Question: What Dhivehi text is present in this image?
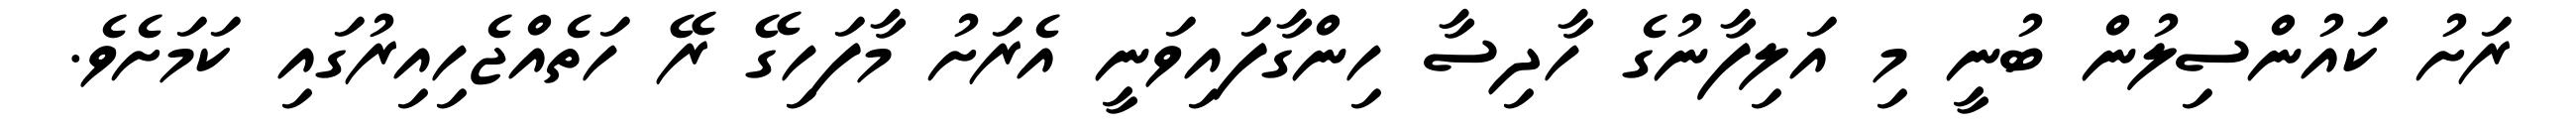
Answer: ރަށު ކައުންސިލުން ބުނީ މި އަލިފާނުގެ ހާދިސާ ހިންގާފައިވަނީ އެރަށު މާފަހިގޭ ރޭ ހަތެއްޖެހިއިރުގައި ކަމަށެވެ.